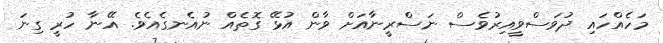
މަހެއްހައި ދުވަސްވީއިރުވެސް ނަސްރީނާއަށް ވާން އުޅޭ ގޮތެއް ނުއެނގެއެވެ. އޭނާ ހުރީ ގިނަ